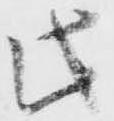
此